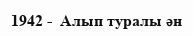
1942 -  Алып туралы ән